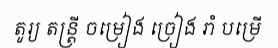
តូរ្យ តន្ត្រី ចម្រៀង ច្រៀង រាំ បម្រើ